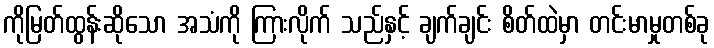
ကိုမြတ်ထွန်းဆိုသော အသံကို ကြားလိုက် သည်နှင့် ချက်ချင်း စိတ်ထဲမှာ တင်းမာမှုတစ်ခု